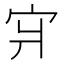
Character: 𪧇